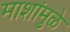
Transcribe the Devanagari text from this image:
माशांमुळे